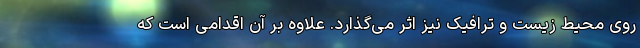
روی محیط زیست و ترافیک نیز اثر می‌گذارد. علاوه بر آن اقدامی است که